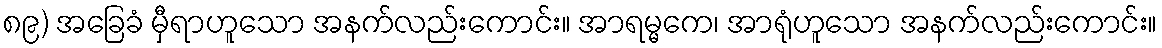
၈၉) အခြေခံ မှီရာဟူသော အနက်လည်းကောင်း။ အာရမ္မကေ၊ အာရုံဟူသော အနက်လည်းကောင်း။